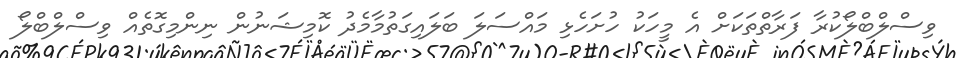
ވިސްލްބްލޯކުރާ ފަރާތްތަކަށް އެ މީހަކު ހުށަހެޅި މައްސަލަ ބަލައިގަތުމާމެދު ކޮމިޝަނުން ނިންމިގޮތެއް ވިސްލްބްލޯ